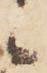
候